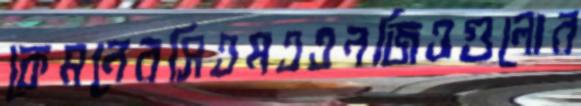
কেমনেরসিএমএএনজিওগুলোর